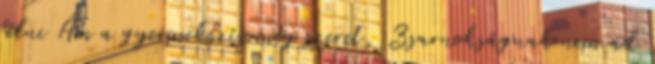
félni Ám a gyermekszív még szeret, Zsarnokságnak nem ad